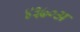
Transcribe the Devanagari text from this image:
४३७०अ